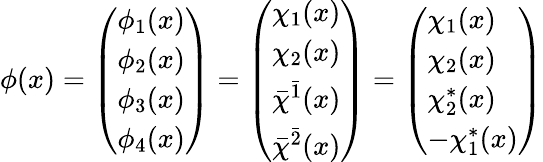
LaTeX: \phi(x)=\left(\begin{array}{l}{{\phi_{1}(x)}}\\ {{\phi_{2}(x)}}\\ {{\phi_{3}(x)}}\\ {{\phi_{4}(x)}}\end{array}\right)=\left(\begin{array}{l}{{\chi_{1}(x)}}\\ {{\chi_{2}(x)}}\\ {{\bar{\chi}^{\bar{1}}(x)}}\\ {{\bar{\chi}^{\bar{2}}(x)}}\end{array}\right)=\left(\begin{array}{l}{{\chi_{1}(x)}}\\ {{\chi_{2}(x)}}\\ {{\chi_{2}^{*}(x)}}\\ {{-\chi_{1}^{*}(x)}}\end{array}\right)